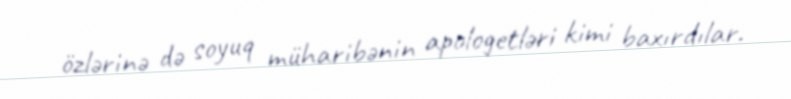
özlərinə də soyuq müharibənin apologetləri kimi baxırdılar.